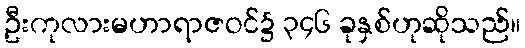
ဦးကုလားမဟာရာဇဝင်၌ ၃၄၆ ခုနှစ်ဟုဆိုသည်။